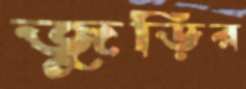
জুড়ির